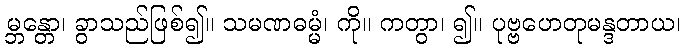
မ္ဘန္တော၊ ခွာသည်ဖြစ်၍။ သမဏဓမ္မံ၊ ကို။ ကတွာ၊ ၍။ ပုဗ္ဗဟေတုမန္ဒတာယ၊